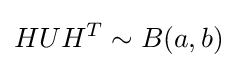
HUH^{T}\sim B(a,b)